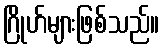
ဂြိုဟ်များဖြစ်သည်။